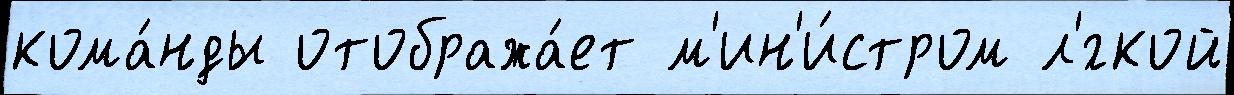
кома́нды отобража́ет м'ин'и́стром л'́гкой